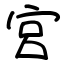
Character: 宮